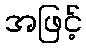
အဖြင့်